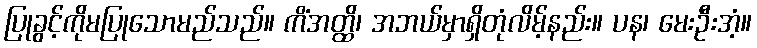
ပြုခွင့်ကိုမပြုသောမည်သည်။ ကိံအတ္ထိ၊ အဘယ်မှာရှိတုံလိမ့်နည်း။ ပန၊ မေးဦးအံ့။